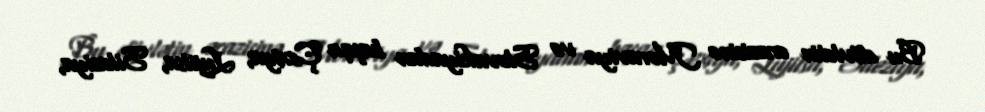
Bu dövlətin ərazisinə Moraviya və Slovakiyadan başqa Çexiya, Lujitsa, Sileziya,